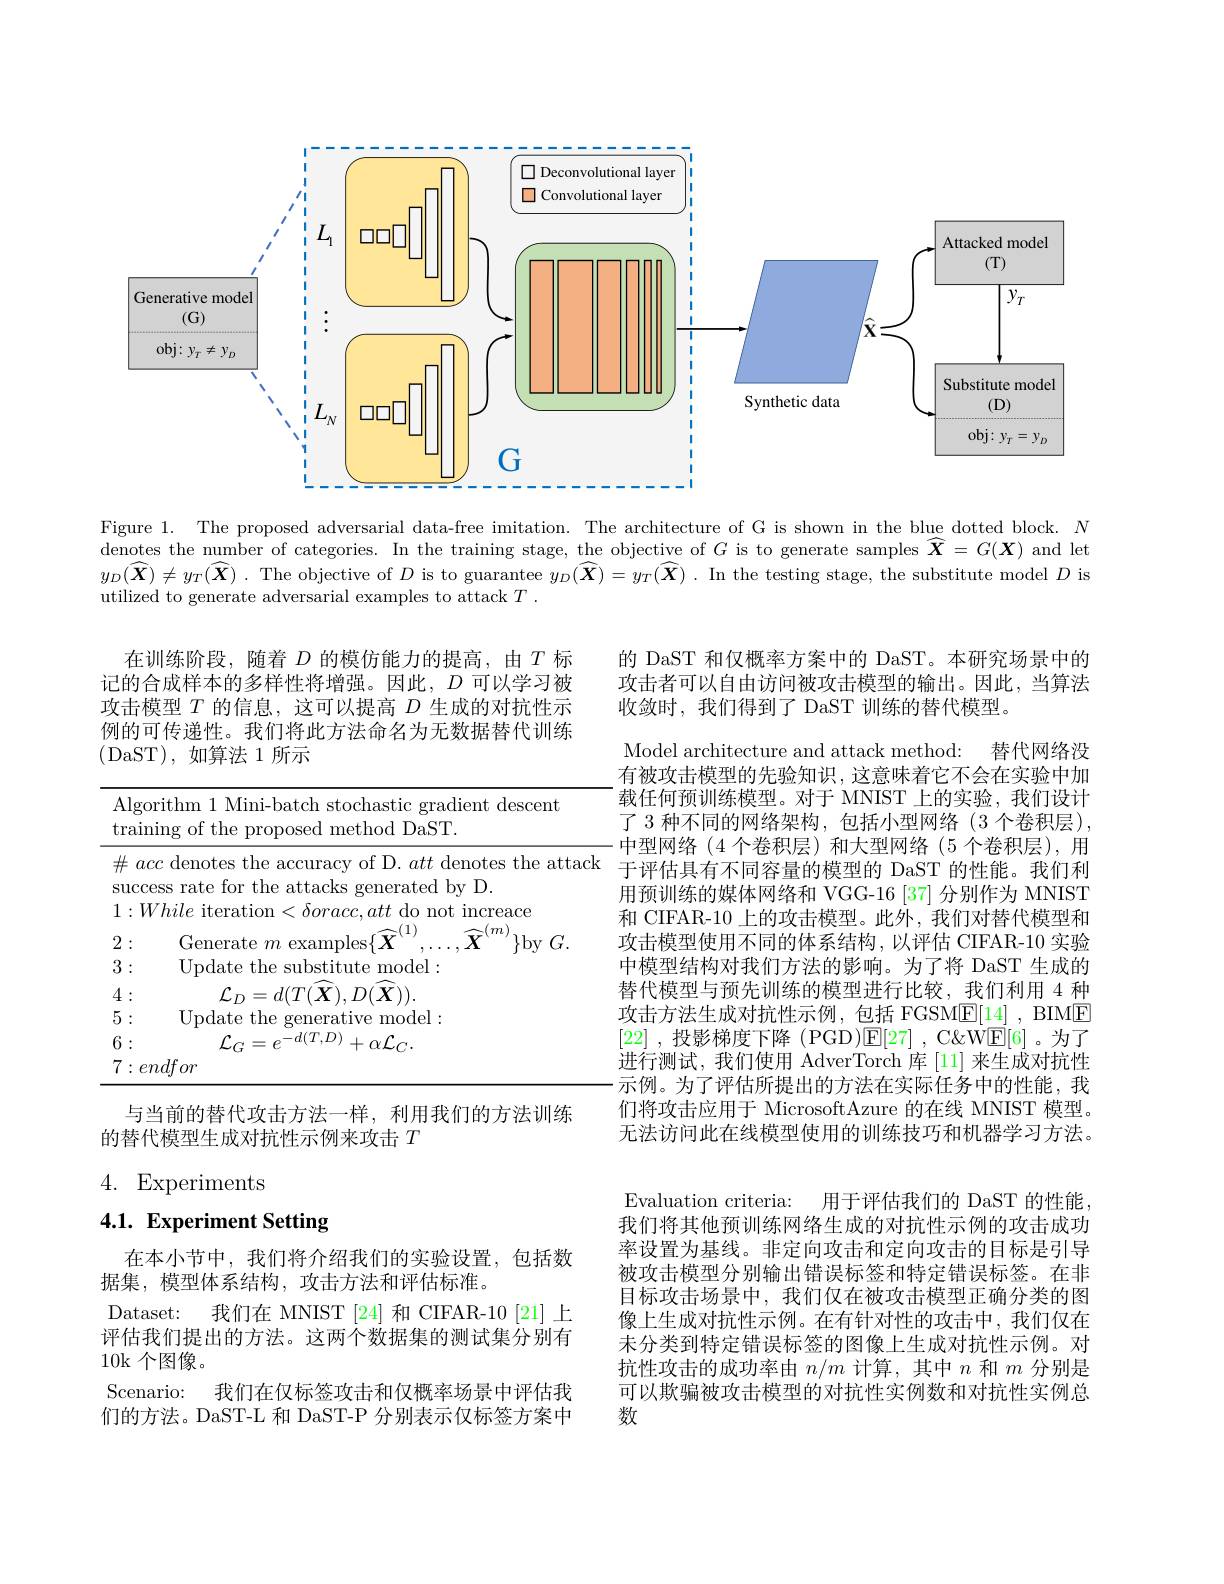
<FigureHere>

Figure 1. The proposed adversarial data-free imitation. The architecture of G is shown in the blue dotted block. $N$ denotes the number of categories. In the training stage, the objective of $G$ is to generate samples $\widehat{\boldsymbol{X}}=G(\boldsymbol{X})$ and let $y_D(\widehat{\boldsymbol{X}})\neq y_T(\widehat{\boldsymbol{X}})$ .The objective of $D$ is to guarantee $y_D(\widehat{\boldsymbol{X}})=y_T(\widehat{\boldsymbol{X}})$ .In the testing stage, the substitute model $D$ is utilized to generate adversarial examples to attack $T.$

的 DaST 和仅概率方案中的 DaST。本研究场景中的攻击者可以自由访问被攻击模型的输出。因此，当算法收敛时，我们得到了 DaST 训练的替代模型。

在训练阶段，随着$D$的模仿能力的提高，由$T$标记的合成样本的多样性将增强。因此，$D$可以学习被攻击模型$T$的信息，这可以提高$D$生成的对抗性示例的可传递性。我们将此方法命名为无数据替代训练(DaST),如算法 1 所示

<table>
	<tbody>
		<tr>
			<td>Al $\tan\varepsilon$</td>
			<td>gorithm 1 Mini-batch stochastic gradient descent ${\mathrm{ining~of~the~proposed~method~DaST.}}$</td>
		</tr>
		<tr>
			<td>$\#$</td>
			<td>acc denotes the accuracy of D. att denotes the atta</td>
		</tr>
		<tr>
			<td>Sur</td>
			<td>$\tan r$ the attacks $\operatorname{erated}\operatorname{bv}|)$ 3</td>
		</tr>
		<tr>
			<td>3 T 1</td>
			<td>the substitute ${\mathrm{model}}:$ ||ndate</td>
		</tr>
		<tr>
			<td>4 1</td>
			<td>$I_{.\Gamma}$ $d(T(\boldsymbol{X}),D(\boldsymbol{X})).$</td>
		</tr>
		<tr>
			<td>5 0</td>
			<td>Undate ${\mathrm{~the}}$ ative model:</td>
		</tr>
		<tr>
			<td>6 T 0</td>
			<td>$d(T,D$ 11</td>
		</tr>
		<tr>
			<td>7 4 0</td>
			<td>endfor</td>
		</tr>
	</tbody>
</table>

Model architecture and attack method: 替代网络没有被攻击模型的先验知识，这意味着它不会在实验中加载任何预训练模型。对于 MNIST 上的实验，我们设计了 3 种不同的网络架构，包括小型网络(3 个卷积层), 中型网络(4个卷积层)和大型网络(5个卷积层),用于评估具有不同容量的模型的 DaST 的性能。我们利用预训练的媒体网络和 VGG-16[37] 分别作为 MNIST 和 CIFAR-10 上的攻击模型。此外，我们对替代模型和攻击模型使用不同的体系结构，以评估 CIFAR-10 实验中模型结构对我们方法的影响。为了将 DaST 生成的替代模型与预先训练的模型进行比较，我们利用 4 种攻击方法生成对抗性示例，包括 FGSM$\underline {\mathrm{E} }[ 14]$ , BIME [22] ,投影梯度下降 (PGD)$\mathbb{E}[27]$ ,C&W$\mathbb{E}[6]$ 。为了进行测试，我们使用 AdverTorch 库 [11] 来生成对抗性示例。为了评估所提出的方法在实际任务中的性能，我们将攻击应用于 MicrosoftAzure 的在线 MNIST 模型。无法访问此在线模型使用的训练技巧和机器学习方法。Evaluation criteria: 用于评估我们的 DaST 的性能我们将其他预训练网络生成的对抗性示例的攻击成功率设置为基线。非定向攻击和定向攻击的目标是引导被攻击模型分别输出错误标签和特定错误标签。在非目标攻击场景中，我们仅在被攻击模型正确分类的图像上生成对抗性示例。在有针对性的攻击中，我们仅在未分类到特定错误标签的图像上生成对抗性示例。对抗性攻击的成功率由$n/m$计算，其中$n$和$m$分别是可以欺骗被攻击模型的对抗性实例数和对抗性实例总数

与当前的替代攻击方法一样，利用我们的方法训练
的替代模型生成对抗性示例来攻击$T$

# 4. Experiments

## 4.1. Experiment Setting

在本小节中，我们将介绍我们的实验设置，包括数
据集，模型体系结构，攻击方法和评估标准。
Dataset: 我们在 MNIST [24] 和 CIFAR-10 [21] 上评估我们提出的方法。这两个数据集的测试集分别有10k 个图像。
Scenario: 我们在仅标签攻击和仅概率场景中评估我们的方法。DaST-L 和 DaST-P 分别表示仅标签方案中